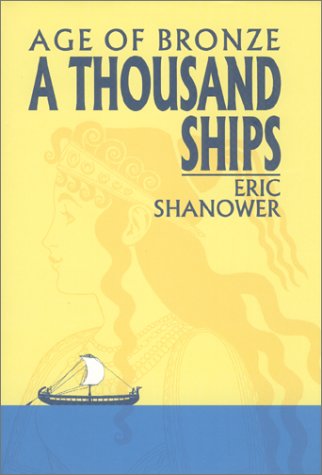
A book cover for A Thousand Ships : Age of Bronze, Volume One; Eric Shanower; Teen & Young Adult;